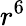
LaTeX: r^{6}